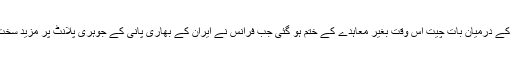
عالمی طاقتوں اور ایران کے درمیان بات چیت اس وقت بغیر معاہدے کے ختم ہو گئی جب فرانس نے ایران کے بھاری پانی کے جوہری پلانٹ پر مزید سخت پابندیوں کا مطالبہ کیا۔